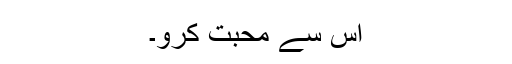
اس سے محبت کرو۔